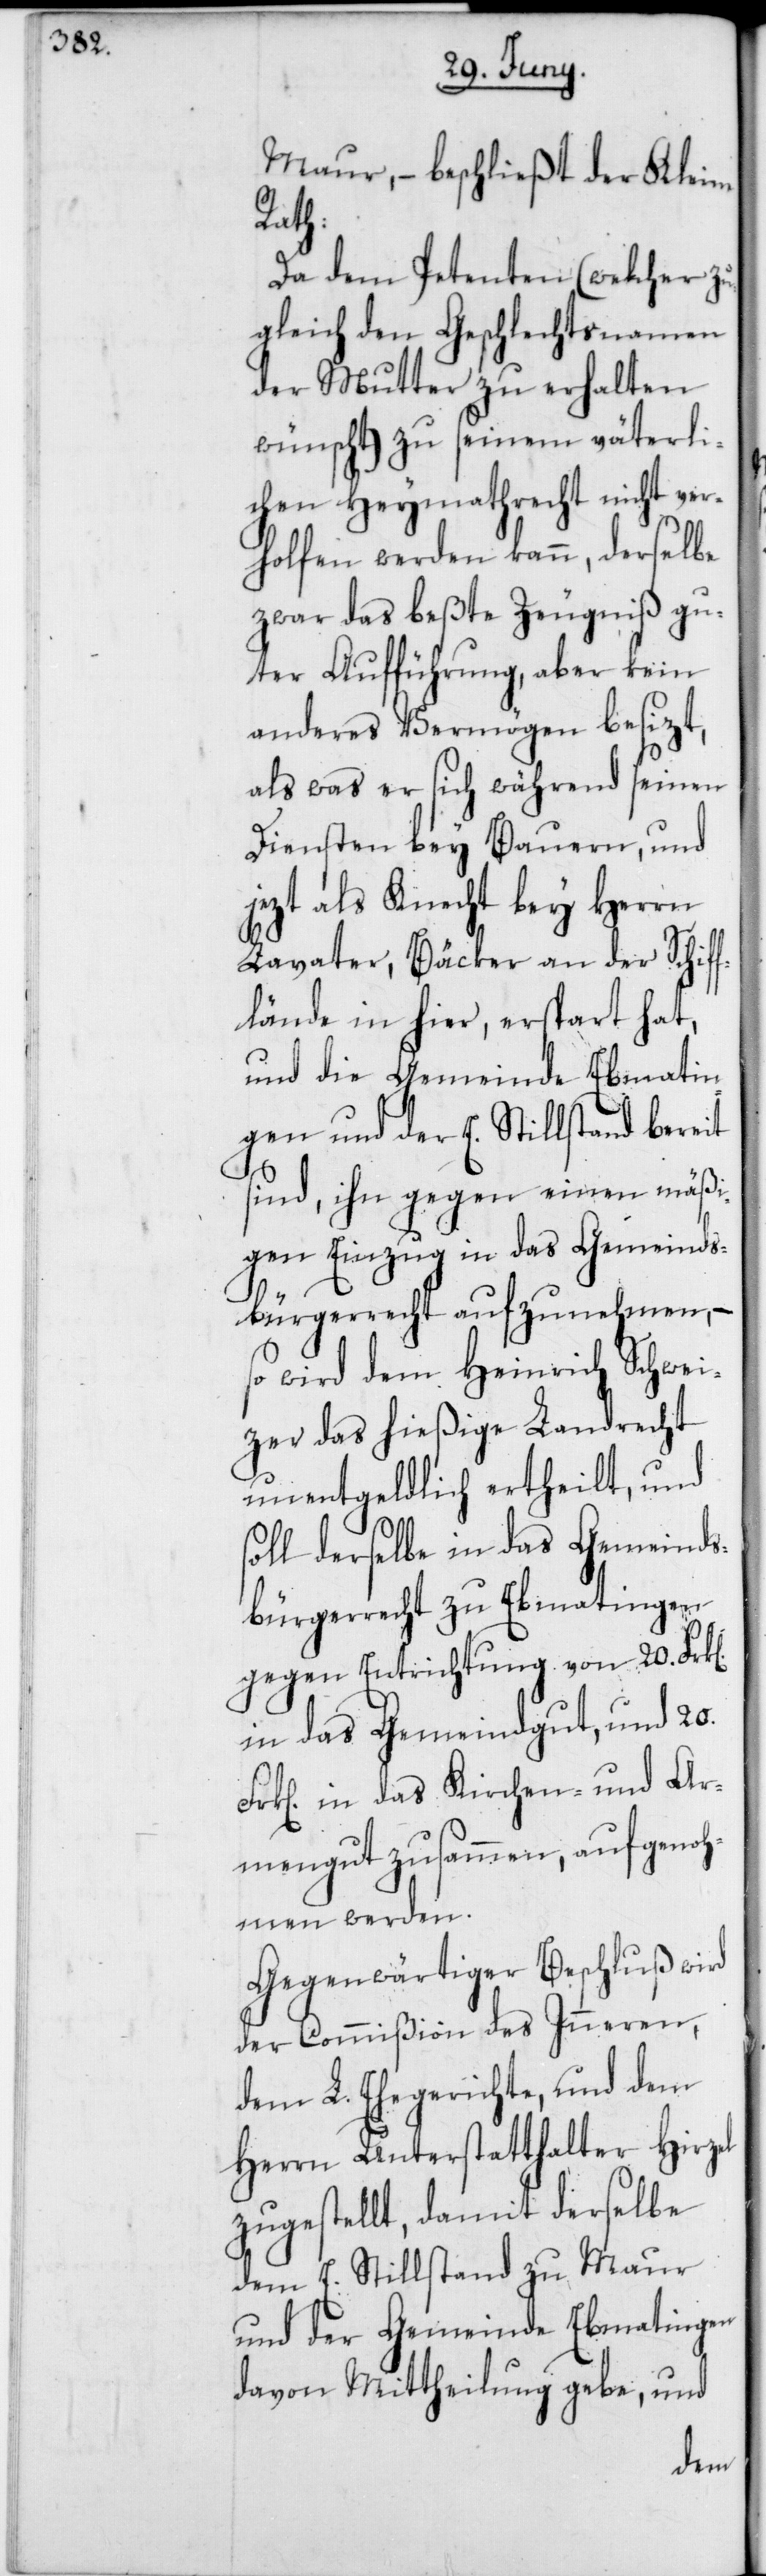
Maur, – beschließt der Kleine
Rath:
Da dem Petenten (welcher zu¬
gleich den Geschlechtsnamen
der Mutter zu erhalten
wünscht), zu seinem väterli¬
chen Heymathrecht nicht ver¬
holfen werden kann, derselbe
zwar das beßte Zeugniß gu¬
ter Aufführung, aber kein
anderes Vermögen besizt,
als was er sich während seinen
Diensten bey Bauern, und
jezt als Knecht bey Herrn
Lavater, Bäcker an der Schif¬
flände in hier, erspart hat,
und die Gemeinde Ebmatin¬
gen und der E. Stillstand bereit
sind, ihn gegen einen mäßi¬
gen Einzug in das Gemeinds¬
bürgerrecht aufzunehmen, –
so wird dem Heinrich Schwei¬
zer das hießige Landrecht
unentgeldlich ertheilt, und
soll derselbe in das Gemeinds¬
bürgerrecht zu Ebmatingen
gegen Entrichtung von 20. Fr¬
in das Gemeindgut, und 20.
in das Kirchen- und Ar¬
mengut zusammen, aufgenoh¬
men werden.
Gegenwärtiger Beschluß wird
der Commißion des Inneren,
dem L. Ehegerichte, und dem
Herrn Unterstatthalter Hirzel
zugestellt, damit derselbe
dem E. Stillstand zu Maur
und der Gemeinde Ebmatingen
davon Mittheilung gebe, und
k[en].